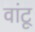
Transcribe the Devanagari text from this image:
वांटू